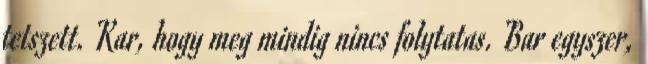
tetszett. Kar, hogy meg mindig nincs folytatas. Bar egyszer,